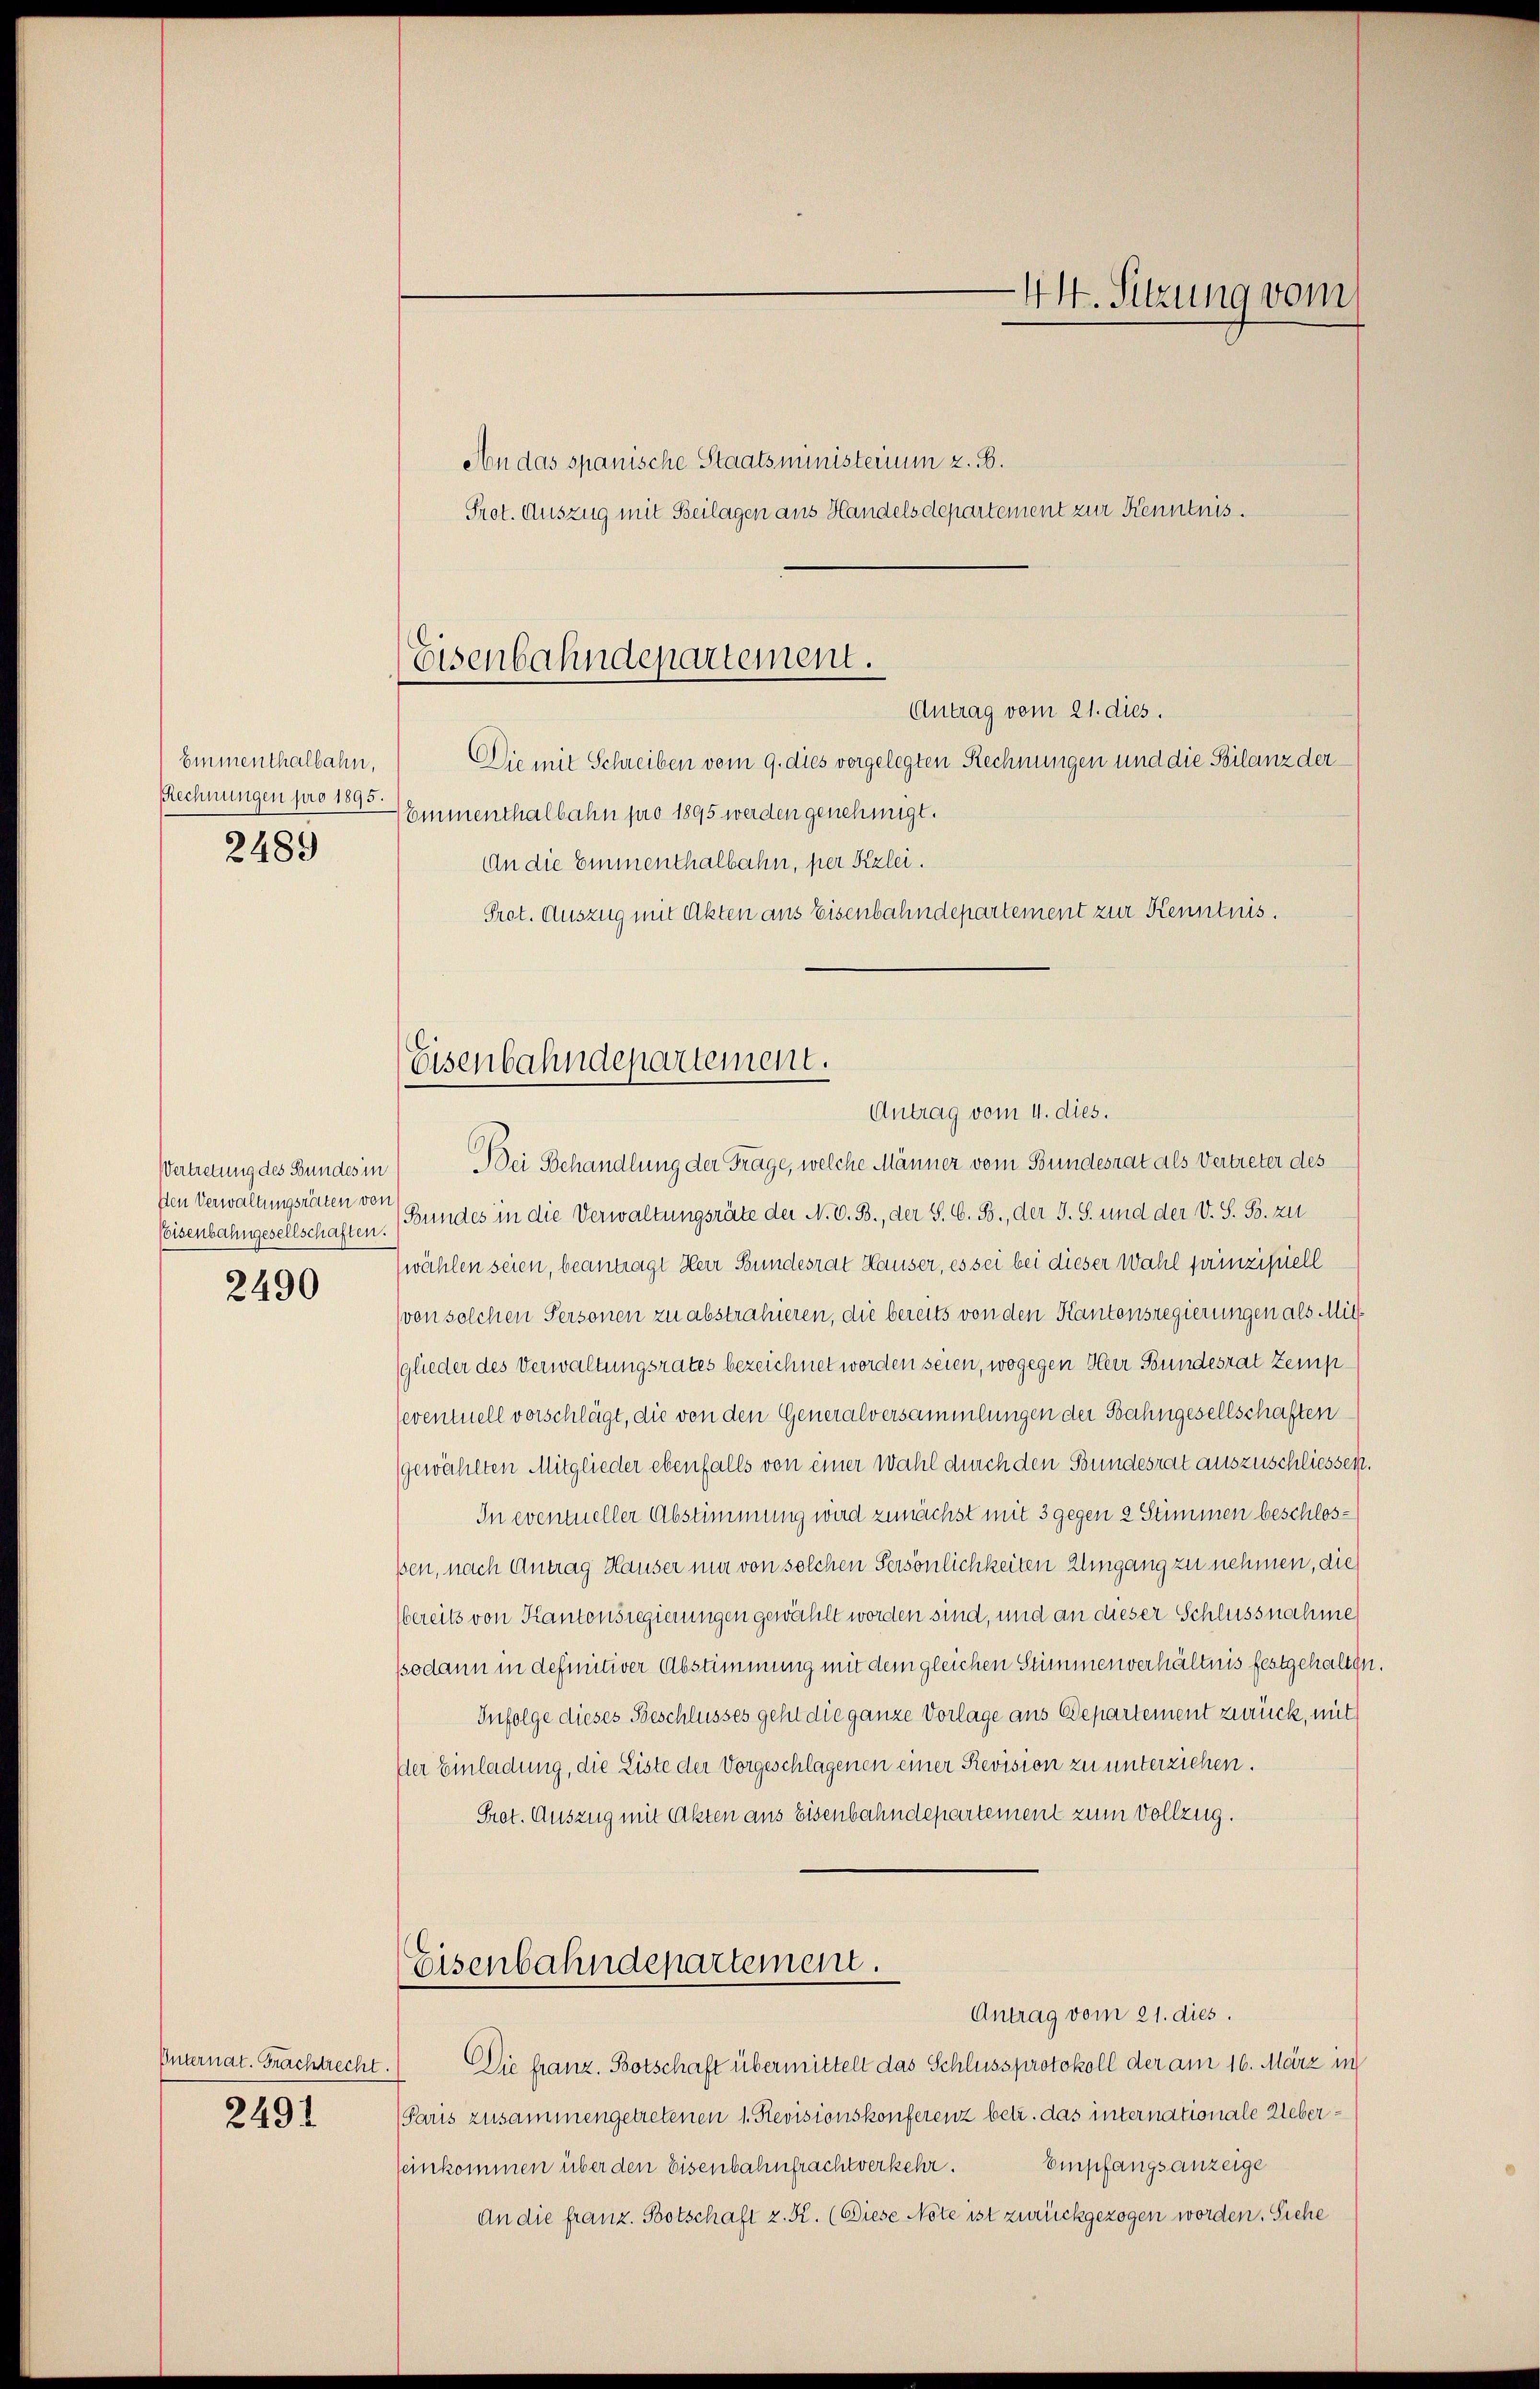
Emmenthalbahn,
Rechnungen pro 1895
2489

Ien Verwaltungsräten von
Eisenbahngesellschaften.
2490

Internat. Frachtrecht.
2491

Eisenbahndepartement.

Eisenbahndepartement.
Antrag vom 4. dies.

An das spanische Staatsministerium z. B.
Prot. Auszug mit Beilagen aus Handelsdepartement zur Kenntnis.
Antrag vom 21. dies.
Die mit Schreiben vom 9. dies vorgelegten Rechnungen und die Bilanz der
Emmenthalbahn pro 1895 werden genehmigt.
An die Emmenthalbahn, per Kzlei.
Prot. Auszug mit Akten aus Eisenbahndepartement zur Kenntnis.
Vertretung des Bundes in Bei Behandlung der Frage, welche Männer vom Bundesrat als Vertreter des
(Bundes in die Verwaltungsräte der N. V. B., der S. G. B., der J. S. und der V. S. B. zu
Zwählen seien, beantragt Herr Bundesrat Hauser, es sei bei dieser Wahl prinzipiell
(von solchen Personen zu abstrahieren, die bereits von den Kantonsregierungen als Mitglieder des Verwaltungsrates bezeichnet worden seien, wogegen Herr Bundesrat Zemp¬
eventuell vorschlägt, die von den Generalversammlungen der Bahngesellschaften
gewählten Mitglieder ebenfalls von einer Wahl durch den Bundesrat auszuschliessen.
In eventueller Abstimmung wird zunächst mit 3 gegen 2 Stimmen beschlossen, nach Antrag Hauser mir von solchen Persönlichkeiten Umgang zu nehmen, die
bereits von Kantonsregierungen gewählt worden sind, und an dieser Schlussnahme
ssodann in definitiver Abstimmung mit dem gleichen Stimmenverhältnis festgehalten.
Infolge dieses Beschlusses geht die ganze Vorlage aus Departement zurück, mit
Der Einladung, die Liste der Vorgeschlagenen einer Revision zu unterziehen.
Prot. Auszug mit Akten aus Eisenbahndepartement zum Vollzug.
Eisenbahndepartement.
Antrag vom 21. dies.
Die franz. Botschaft übermittelt das Schlussprotokoll der am 16. März in
(Paris zusammengetretenen 1. Revisionskonferenz betr. das internationale Ueber¬
Empfangsanzeige
einkommen über den Eisenbahnfrachtverkehr.
An die franz. Botschaft z. K. (Diese Note ist zurückgezogen worden. Siehe

44. Sitzung vom